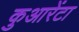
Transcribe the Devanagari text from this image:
कुआरेंटा